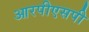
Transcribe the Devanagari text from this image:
आरपीएसपी